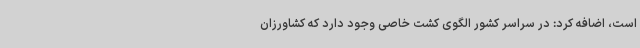
است، اضافه کرد: در سراسر کشور الگوی کشت خاصی وجود دارد که کشاورزان